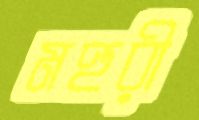
মহুরী